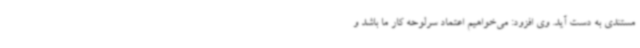
مستندی به دست آید. وی افزود: می‌خواهیم اعتماد سرلوحه کار ما باشد و